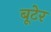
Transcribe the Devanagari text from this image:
बूटेर